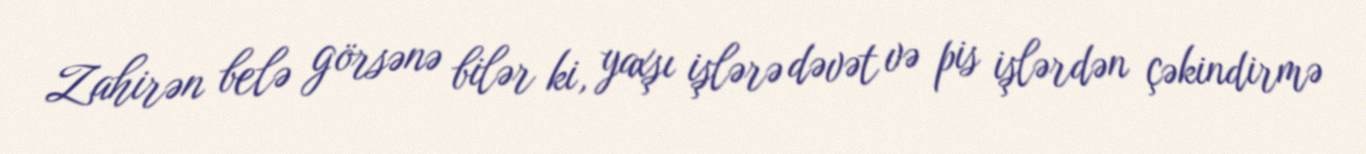
Zahirən belə görsənə bilər ki, yaxşı işlərə dəvət və pis işlərdən çəkindirmə